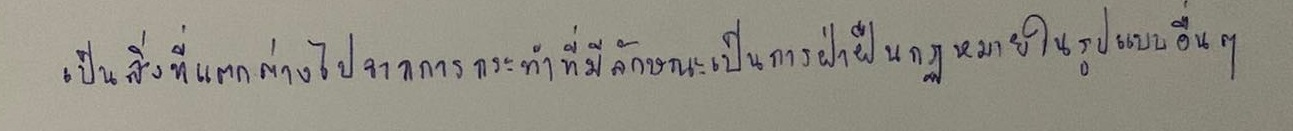
เป็นสิ่งที่แตกต่างไปจากการกระทำที่มีลักษณะเป็นการฝ่าฝืนกฎหมายในรูปแบบอื่นๆ